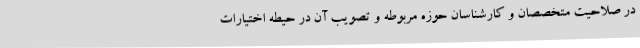
در صلاحیت متخصصان و کارشناسان حوزه مربوطه و تصویب آن در حیطه اختیارات